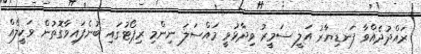
ރައްދުދެއްވާ ފަނޑިޔާރު އަލީ ސަމީރު ވިދާޅުވީ މައްސަލަ ނިންމި ރިޕޯޓުގައި ބުނެފައިވާގޮތުން ވަކީލެއް